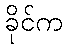
ခိုင်က